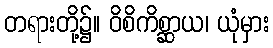
တရားတို့၌။ ဝိစိကိစ္ဆာယ၊ ယုံမှား